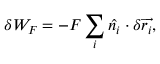
\delta W _ { F } = - F \sum _ { i } \hat { n _ { i } } \cdot \delta \overrightarrow { r _ { i } } ,